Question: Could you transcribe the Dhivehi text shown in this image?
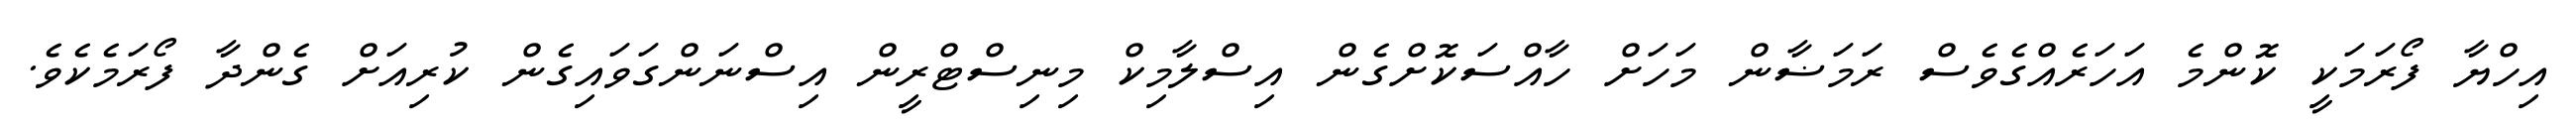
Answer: އިހްޔާ ފޯރަމަކީ ކޮންމެ އަހަރެއްގެވެސް ރަމަޟާން މަހަށް ހާއްސަކޮށްގެން އިސްލާމިކް މިނިސްޓްރީން އިސްނަންގަވައިގެން ކުރިއަށް ގެންދާ ފޯރަމެކެވެ.